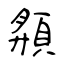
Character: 頯